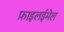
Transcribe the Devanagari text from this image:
फ़ाइलईमेल